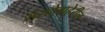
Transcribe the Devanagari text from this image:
संसदेबाहेरील